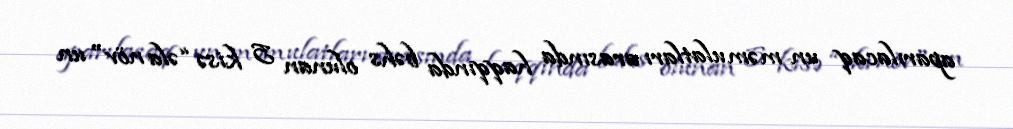
aparılacaq un məmulatları arasında haqqında bəhs olunan 5 kisə “əla növ" un